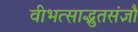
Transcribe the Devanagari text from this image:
वीभत्साद्भुतसंज्ञौ